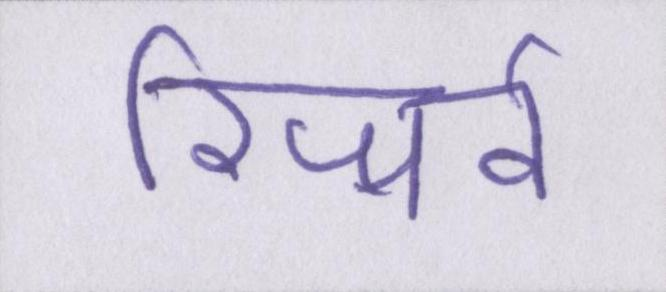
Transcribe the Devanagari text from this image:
रिजर्व